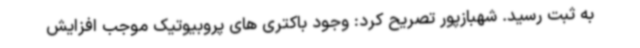
به ثبت رسید. شهبازپور تصریح کرد: وجود باکتری های پروبیوتیک موجب افزایش